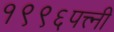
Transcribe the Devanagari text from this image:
१९९६पत्त्नी